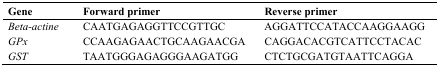
<table><thead><tr><td><b>Gene</b></td><td><b>Forward primer</b></td><td><b>Reverse primer</b></td></tr></thead><tbody><tr><td><i>Beta-actine</i></td><td>CAATGAGAGGTTCCGTTGC</td><td>AGGATTCCATACCAAGGAAGG</td></tr><tr><td><i>GPx</i></td><td>CCAAGAGAACTGCAAGAACGA</td><td>CAGGACACGTCATTCCTACAC</td></tr><tr><td><i>GST</i></td><td>TAATGGGAGAGGGAAGATGG</td><td>CTCTGCGATGTAATTCAGGA</td></tr></tbody></table>